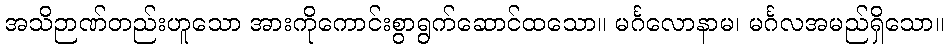
အသိဉာဏ်တည်းဟူသော အားကိုကောင်းစွာရွက်ဆောင်ထသော။ မင်္ဂလောနာမ၊ မင်္ဂလအမည်ရှိသော။